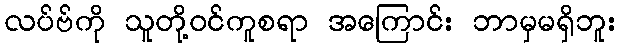
လပ်ဗ်ကို သူတို့ဝင်ကူစရာ အကြောင်း ဘာမှမရှိဘူး